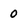
Character: 0